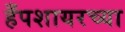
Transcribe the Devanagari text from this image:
हँपशायरच्या